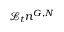
\mathcal { L } _ { t } n ^ { G , N }